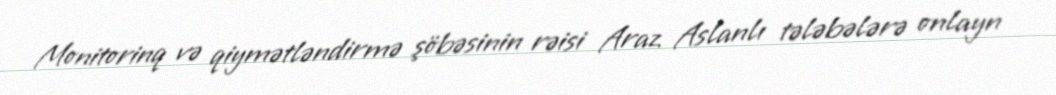
Monitorinq və qiymətləndirmə şöbəsinin rəisi Araz Aslanlı tələbələrə onlayn